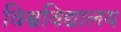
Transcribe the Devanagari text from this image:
विश्वविद्यालय